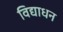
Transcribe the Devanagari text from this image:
विद्याधन